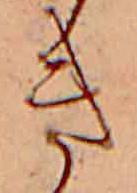
き